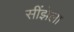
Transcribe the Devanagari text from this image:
सींझेला